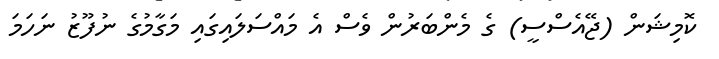
ކޮމިޝަން (ޖޭއެސްސީ) ގެ މެންބަރުން ވެސް އެ މައްސަލައިގައި މަގާމުގެ ނުފޫޒު ނަހަމަ